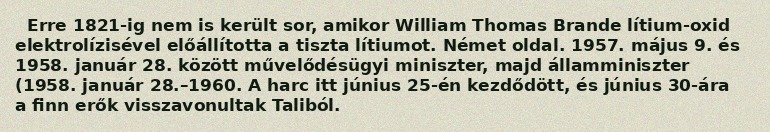
Erre 1821-ig nem is került sor, amikor William Thomas Brande lítium-oxid elektrolízisével előállította a tiszta lítiumot. Német oldal. 1957. május 9. és 1958. január 28. között művelődésügyi miniszter, majd államminiszter (1958. január 28.–1960. A harc itt június 25-én kezdődött, és június 30-ára a finn erők visszavonultak Taliból.